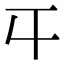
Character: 𡕒